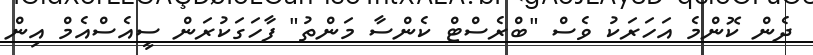
ދެން ކޮންމެ އަހަރަކު ވެސް "ބްރެސްޓް ކެންސާ މަންތު" ފާހަގަކުރަން ސީއެސްއެމް އިން